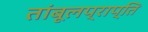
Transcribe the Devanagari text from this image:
तांबूलप्राप्ति